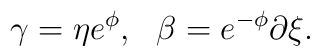
\gamma=\eta e^{\phi},~~\beta=e^{-\phi}\partial \xi .